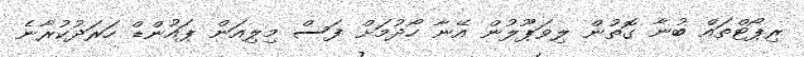
ރިޕޯޓްތައް ބުނާ ގޮތުން ލިވަޕޫލުން އޭނާ ހޯދުމަށް ފަސް މިލިއަން ޕައުންޑް ހަރަދުކުރާނެ